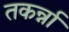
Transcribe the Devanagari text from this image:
तकर्न्ना